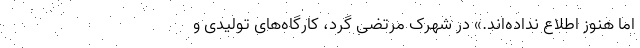
اما هنوز اطلاع نداده‌اند.» در شهرک مرتضی گرد، کارگاه‌های تولیدی و